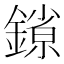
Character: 𰽄